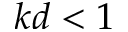
k d < 1